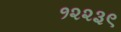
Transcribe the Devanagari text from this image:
१२२३९